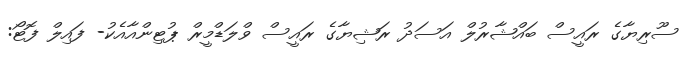
ސޫރިޔާގެ ރައީސް ބައްޝާރުލް އަސަދު ރަޝިޔާގެ ރައީސް ވްލަޑްމީރް ޕުޓިންއާއެކު- ފައިލް ފޮޓޯ: